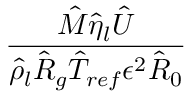
\frac { \hat { M } \hat { \eta } _ { l } \hat { U } } { \hat { \rho } _ { l } \hat { R } _ { g } \hat { T } _ { r e f } \epsilon ^ { 2 } \hat { R } _ { 0 } }